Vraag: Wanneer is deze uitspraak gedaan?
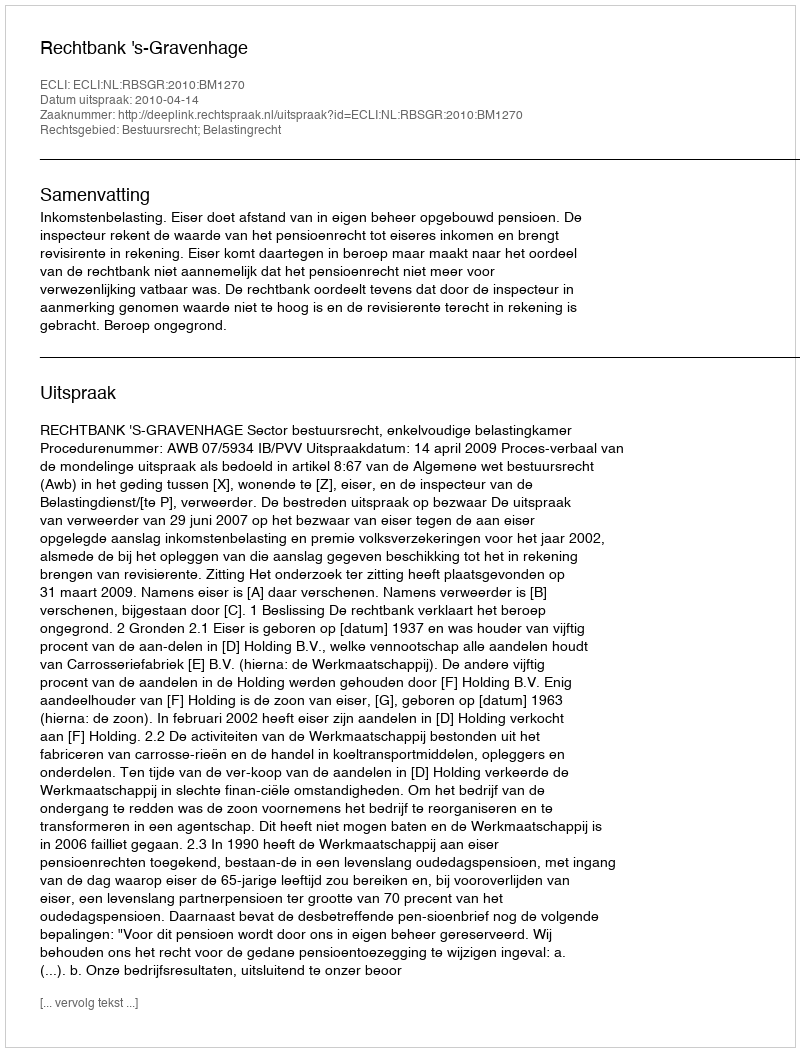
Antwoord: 2010-04-14